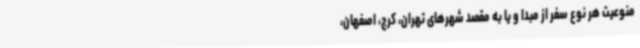
منوعیت هر نوع سفر از مبدا و یا به مقصد شهرهای تهران، کرج، اصفهان،